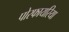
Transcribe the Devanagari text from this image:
पोरफायरिया